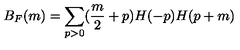
B _ { F } ( m ) = \sum _ { p > 0 } ( \frac { m } { 2 } + p ) H ( - p ) H ( p + m )